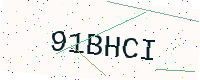
Text: 91BHCI